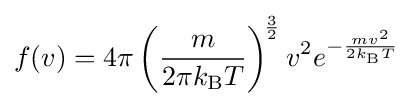
f(v)=4\pi \left({\frac {m}{2\pi k_{\rm {B}}T}}\right)^{\!{\frac {3}{2}}}v^{2}e^{-{\frac {mv^{2}}{2k_{\rm {B}}T}}}